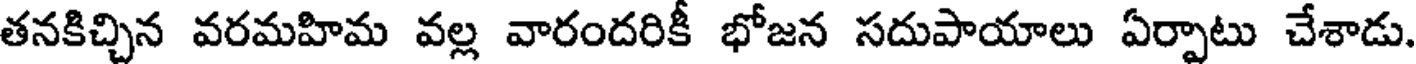
తనకిచ్చిన వరమహిమ వల్ల వారందరికీ భోజన సదుపాయాలు ఏర్పాటు చేశాడు